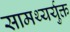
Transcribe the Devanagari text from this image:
सामथ्यर्युक्त